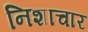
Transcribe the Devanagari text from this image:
निशाचार